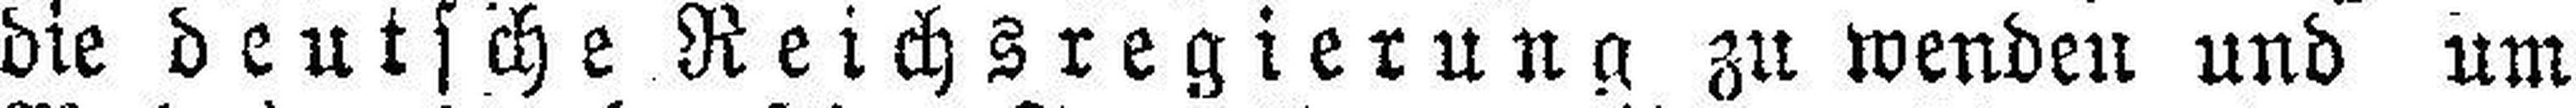
die deutsche Reichsregierung zu wenden und um